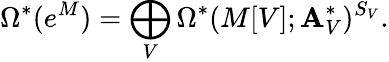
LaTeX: \Omega^{*}(e^{M})=\bigoplus_{V}\Omega^{*}(M[V];\mathbf{A}_{V}^{*})^{S_{V}}.